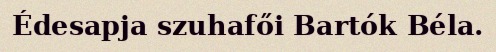
Édesapja szuhafői Bartók Béla.